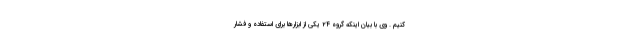
کنیم . وی با بیان اینکه گروه ۲۴ یکی از ابزارها برای استفاده و فشار